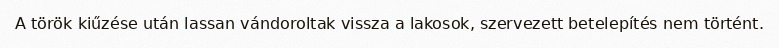
A török kiűzése után lassan vándoroltak vissza a lakosok, szervezett betelepítés nem történt.